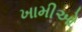
ખામીઓ